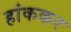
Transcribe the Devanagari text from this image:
हांककर